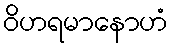
ဝိဟရမာနောဟံ